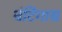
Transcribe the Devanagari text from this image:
बंटिंगाद्य